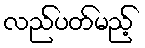
လည်ပတ်မည့်